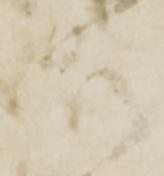
左